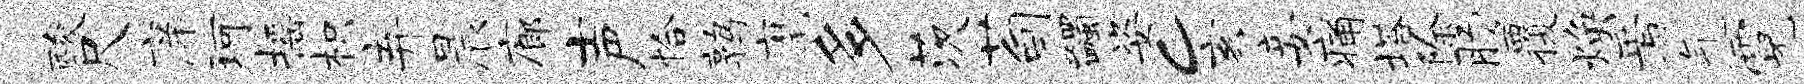
酸尺庠珂摇枳弃晨廊声恰鹑麾多茨荀蠲姿c亥妾痛塔除肠覆焕焉气霓